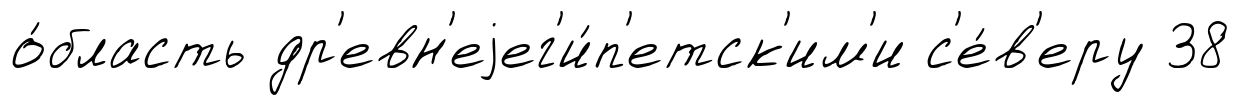
о́бласть др'евн'еjег'и́п'етск'им'и с'е́в'еру 38